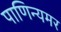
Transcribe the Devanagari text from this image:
पाणिन्यमर